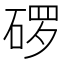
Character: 𬒓